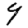
Digit: 4